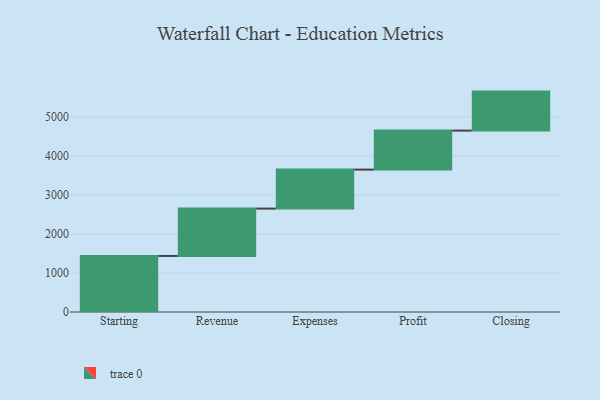
{"axis": {"x": "Step", "y": "Value"}, "legend": [""], "data": [{"x": "Starting", "y": 1437.0, "type": ""}, {"x": "Revenue", "y": 1214.0, "type": ""}, {"x": "Expenses", "y": 1000, "type": ""}, {"x": "Profit", "y": 1000, "type": ""}, {"x": "Closing", "y": 1000, "type": ""}]}